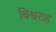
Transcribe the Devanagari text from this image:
विश्वराह